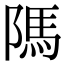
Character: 䧞